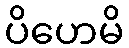
ပိဟေမိ